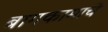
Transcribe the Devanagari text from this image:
बागकामाचे